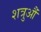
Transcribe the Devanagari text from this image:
शत्रुऔं